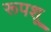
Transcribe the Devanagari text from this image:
रूपशू